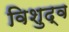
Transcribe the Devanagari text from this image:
विशुद्व